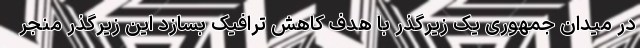
در میدان جمهوری یک زیرگذر با هدف کاهش ترافیک بسازد این زیرگذر منجر